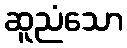
ဆူညံသော